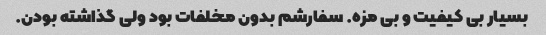
بسیار بی کیفیت و بی مزه. سفارشم بدون مخلفات بود ولی گذاشته بودن.